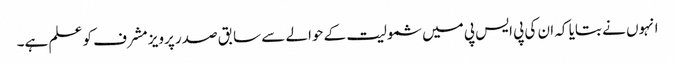
انہوں نے بتایا کہ ان کی پی ایس پی میں شمولیت کے حوالے سے سابق صدر پرویز مشرف کو علم ہے۔